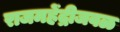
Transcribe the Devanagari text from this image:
राजमहेंद्रीजवळ